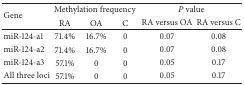
<table><thead><tr><td rowspan="2"><b>Gene</b></td><td colspan="3"><b>Methylation frequency</b></td><td colspan="2"><b><i>P</i> value</b></td></tr><tr><td><b>RA</b></td><td><b>OA</b></td><td><b>C</b></td><td><b>RA versus OA</b></td><td><b>RA versus C</b></td></tr></thead><tbody><tr><td>miR-124-a1</td><td>71.4%</td><td>16.7%</td><td>0</td><td>0.07</td><td>0.08</td></tr><tr><td>miR-124-a2</td><td>71.4%</td><td>16.7%</td><td>0</td><td>0.07</td><td>0.08</td></tr><tr><td>miR-124-a3</td><td>57.1%</td><td>0</td><td>0</td><td>0.05</td><td>0.17</td></tr><tr><td>All three loci</td><td>57.1%</td><td>0</td><td>0</td><td>0.05</td><td>0.17</td></tr></tbody></table>